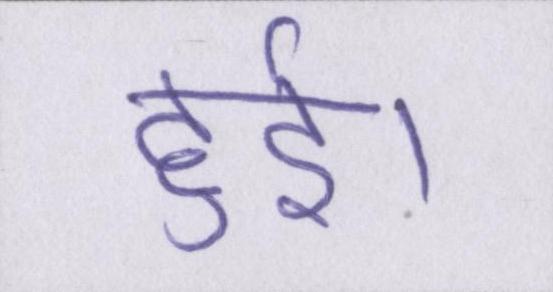
हुईं।